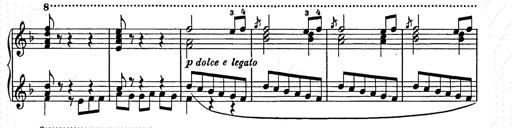
Title: Weihnachtsbaum
Composer: Franz Liszt